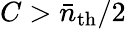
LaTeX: C>\bar{n}_{\mathrm{th}}/2